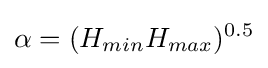
\alpha =(H_{min}H_{max})^{0.5}